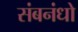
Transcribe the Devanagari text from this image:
संबनंधो